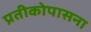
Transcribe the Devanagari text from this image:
प्रतीकोपासना